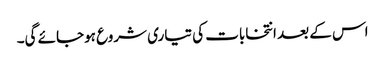
اس کے بعد انتخابات کی تیاری شروع ہوجائے گی۔